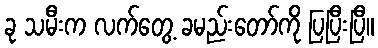
ခု သမီးက လက်တွေ့ ခမည်းတော်ကို ပြပြီးပြီ။